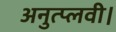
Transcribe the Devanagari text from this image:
अनुत्प्लवी।